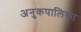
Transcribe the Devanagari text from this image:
अनुकपालिका